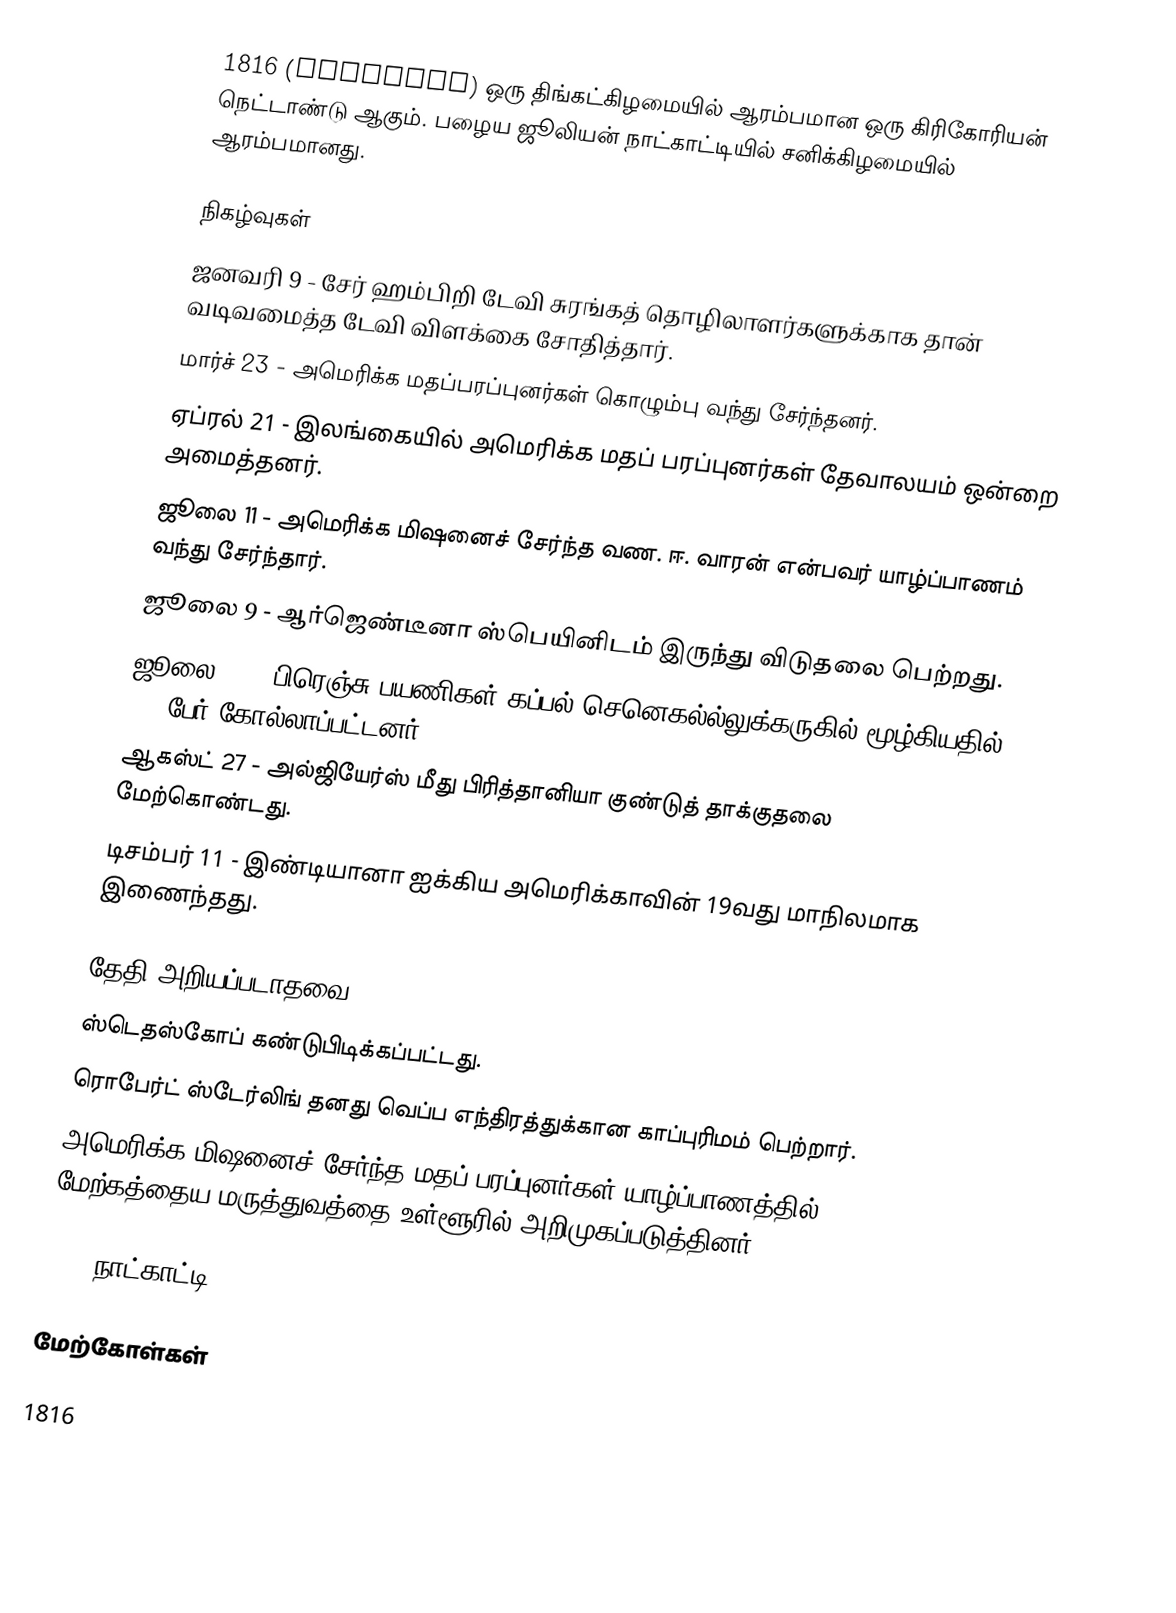
1816  (MDCCCXVI) ஒரு திங்கட்கிழமையில் ஆரம்பமான ஒரு கிரிகோரியன் நெட்டாண்டு ஆகும். பழைய ஜூலியன் நாட்காட்டியில் சனிக்கிழமையில் ஆரம்பமானது.

நிகழ்வுகள்
 ஜனவரி 9 - சேர் ஹம்பிறி டேவி சுரங்கத் தொழிலாளர்களுக்காக தான் வடிவமைத்த டேவி விளக்கை சோதித்தார்.
 மார்ச் 23 - அமெரிக்க மதப்பரப்புனர்கள் கொழும்பு வந்து சேர்ந்தனர்.
 ஏப்ரல் 21 - இலங்கையில் அமெரிக்க மதப் பரப்புனர்கள் தேவாலயம் ஒன்றை அமைத்தனர்.
 ஜூலை 11 - அமெரிக்க மிஷனைச் சேர்ந்த வண. ஈ. வாரன் என்பவர் யாழ்ப்பாணம் வந்து சேர்ந்தார்.
 ஜூலை 9 - ஆர்ஜெண்டீனா ஸ்பெயினிடம் இருந்து விடுதலை பெற்றது.
 ஜூலை 17 - பிரெஞ்சு பயணிகள் கப்பல் செனெகல்ல்லுக்கருகில் மூழ்கியதில் 140 பேர் கோல்லாப்பட்டனர்.
 ஆகஸ்ட் 27 - அல்ஜியேர்ஸ் மீது பிரித்தானியா குண்டுத் தாக்குதலை மேற்கொண்டது.
 டிசம்பர் 11 - இண்டியானா ஐக்கிய அமெரிக்காவின் 19வது மாநிலமாக இணைந்தது.

தேதி அறியப்படாதவை
 ஸ்டெதஸ்கோப் கண்டுபிடிக்கப்பட்டது.
 ரொபேர்ட் ஸ்டேர்லிங் தனது வெப்ப எந்திரத்துக்கான காப்புரிமம் பெற்றார்.
 அமெரிக்க மிஷனைச் சேர்ந்த மதப் பரப்புனர்கள் யாழ்ப்பாணத்தில் மேற்கத்தைய மருத்துவத்தை உள்ளூரில் அறிமுகப்படுத்தினர்.

1816 நாட்காட்டி

மேற்கோள்கள்

1816